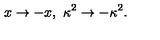
x \rightarrow - x , \ \kappa ^ { 2 } \rightarrow - \kappa ^ { 2 } .